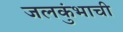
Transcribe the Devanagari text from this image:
जलकुंभाची